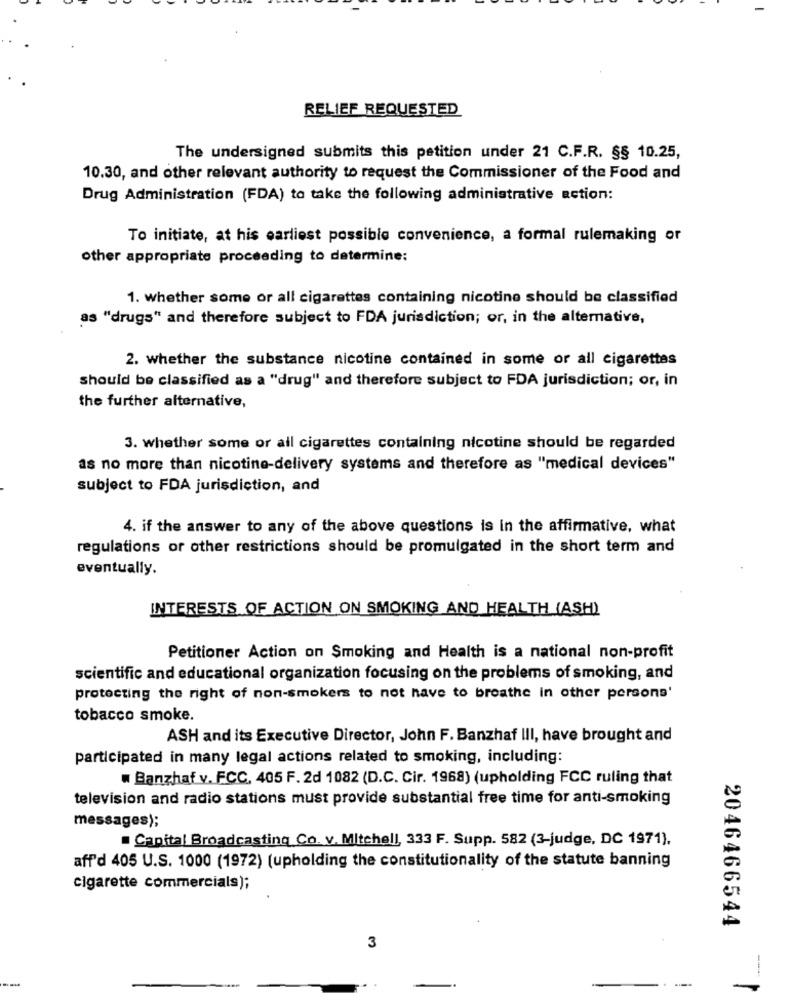
RELIEF REQUESTED
The undersigned submits this petition under 21 C.F.R. §§ 10.25,
10.30, and other relevant authority to request the Commissioner of the Food and
Drug Administration (FDA) to take the following administrative action:
To initiate, at his earliest possible convenience, a formal rulemaking or
other appropriate proceeding to determine:
1. whether some or all cigarettes containing nicotine should be classified
as "drugs" and therefore subject to FDA jurisdiction; or, in the alternative,
2. whether the substance nicotine contained in some or all cigarettes
should be classified as a "drug" and therefore subject to FDA jurisdiction; or, in
the further alternative,
3. whether some or all cigarettes containing nicotine should be regarded
as no more than nicotine-delivery systems and therefore as "medical devices"
subject to FDA jurisdiction, and
4. if the answer to any of the above questions is in the affirmative, what
regulations or other restrictions should be promulgated in the short term and
eventually.
INTERESTS OF ACTION ON SMOKING AND HEALTH (ASH)
Petitioner Action on Smoking and Health is a national non-profit
scientific and educational organization focusing on the problems of smoking, and
protecting the right of non-smokers to not have to breathe in other persons'
tobacco smoke.
ASH and its Executive Director, John F. Banzhaf III, have brought and
participated in many legal actions related to smoking, including:
w Banzhaf v. FCC, 405 F. 2d 1082 (D.C. Cir. 1968) (upholding FCC ruling that
television and radio stations must provide substantial free time for anti-smoking
messages);
Capital Broadcasting Co. v. Mitchell, 333 F. Supp. 582 (3-judge, DC 1971).
aff'd 405 U.S. 1000 (1972) (upholding the constitutionality of the statute banning
cigarette commercials);
2046466544
3
-